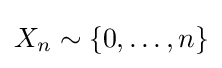
X_{n}\sim \{0,\ldots ,n\}